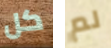
كل لم